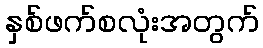
နှစ်ဖက်စလုံးအတွက်